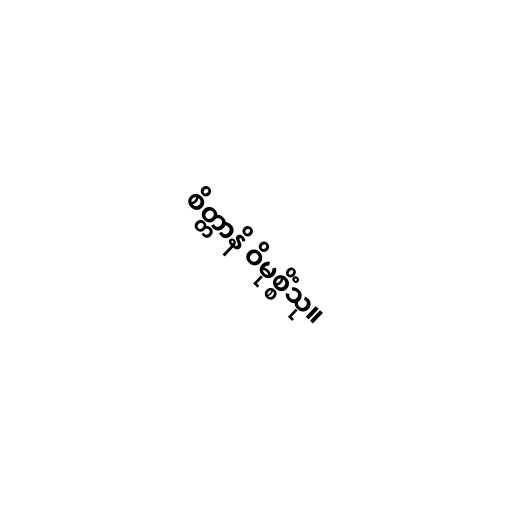
စိတ္တာနိ ဝိမုစ္စိံသု။